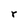
Character: r